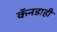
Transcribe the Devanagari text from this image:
कॅनडाही